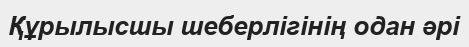
Құрылысшы шеберлігінің одан әрі